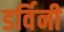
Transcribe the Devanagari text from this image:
डर्विनी